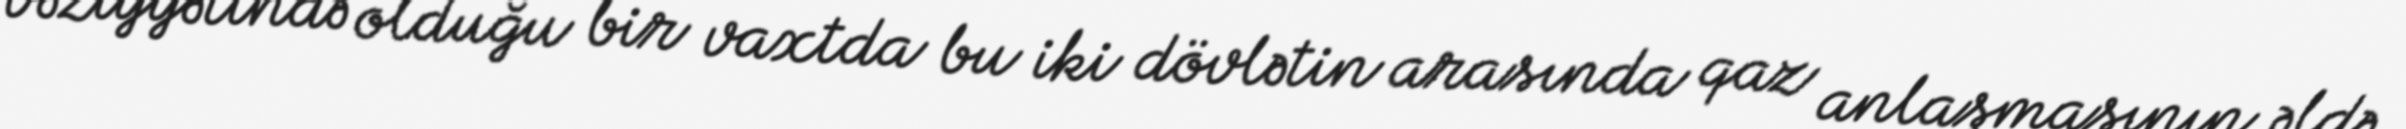
vəziyyətində olduğu bir vaxtda bu iki dövlətin arasında qaz anlaşmasının əldə